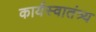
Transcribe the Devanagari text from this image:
कार्यस्वातंत्र्य